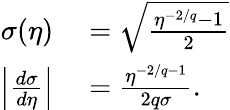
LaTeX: \begin{array}{rl}{\sigma(\eta)}&{{}=\sqrt{\frac{\eta^{-2/q}-1}{2}}}\\ {\left\vert\frac{d\sigma}{d\eta}\right\vert}&{{}=\frac{\eta^{-2/q-1}}{2q\sigma}.}\end{array}